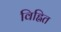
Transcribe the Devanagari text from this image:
विह्नित